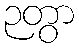
ဉတွာ